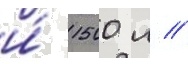
и́ 1500 л //